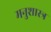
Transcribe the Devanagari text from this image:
मनुशास्त्र